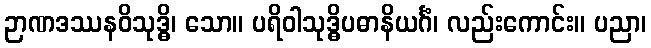
ဉာဏဒဿနဝိသုဒ္ဓိ၊ သော။ ပရိဝါသုဒ္ဓိပဓာနိယင်္ဂံ၊ လည်းကောင်း။ ပညာ၊